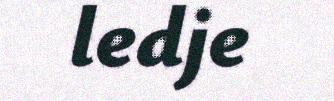
ledje